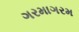
ગરમાગરમ